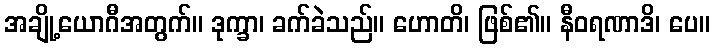
အချို့ယောဂီအတွက်။ ဒုက္ခာ၊ ခက်ခဲသည်။ ဟောတိ၊ ဖြစ်၏။ နီဝရဏာဒိ၊ ပေ။